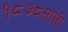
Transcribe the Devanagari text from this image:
१८७८साली